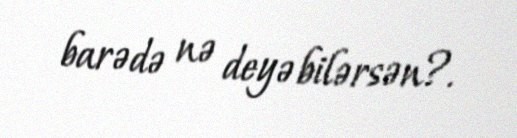
barədə nə deyə bilərsən?.